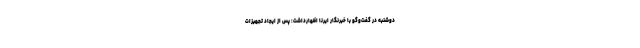
دوشنبه در گفت‌وگو با خبرنگار ایرنا اظهارداشت: پس از ایجاد تجهیزات